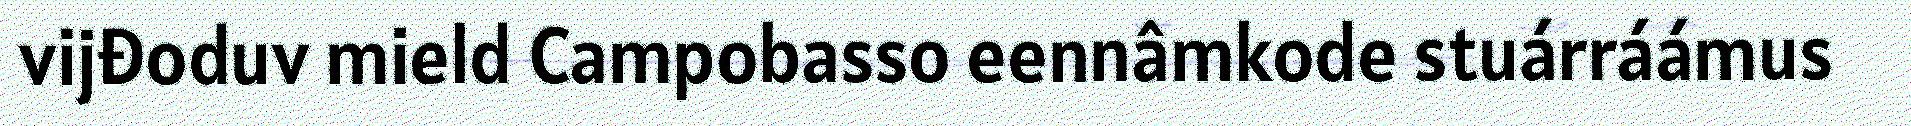
vijđoduv mield Campobasso eennâmkode stuárráámus